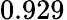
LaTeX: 0.929^{}